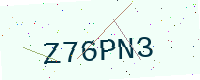
Text: Z76PN3